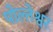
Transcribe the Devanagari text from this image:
पोल्तेश्वर